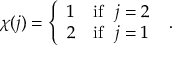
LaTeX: \chi ( j ) = \left\{ \begin{array} { c l } { { 1 } } & { { \mathrm { i f } \ \ j = 2 } } \\ { { 2 } } & { { \mathrm { i f } \ \ j = 1 } } \end{array} \right. \ .